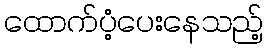
ထောက်ပံ့ပေးနေသည့်